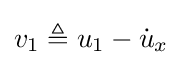
v_{1}\triangleq u_{1}-{\dot {u}}_{x}